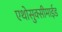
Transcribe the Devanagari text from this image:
एथोसुक्सीमाईड